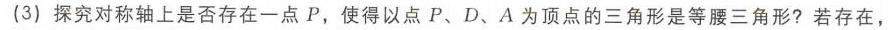
(3) 探究对称轴上是否存在一点\(P\)，使得以点\(P、D、A\)为顶点的三角形是等腰三角形？若存在，